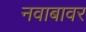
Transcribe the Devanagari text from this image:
नवाबावर